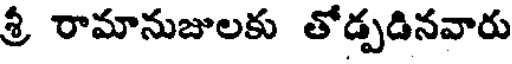
శ్రీ రామానుజులకు తోడ్పడినవారు